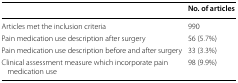
|  | No. of articles |
 | --- | --- |
 | Articles met the inclusion criteria | 990 |
 | Pain medication use description after surgery | 56 (5.7%) |
 | Pain medication use description before and after surgery | 33 (3.3%) |
 | Clinical assessment measure which incorporate pain medication use | 98 (9.9%) |